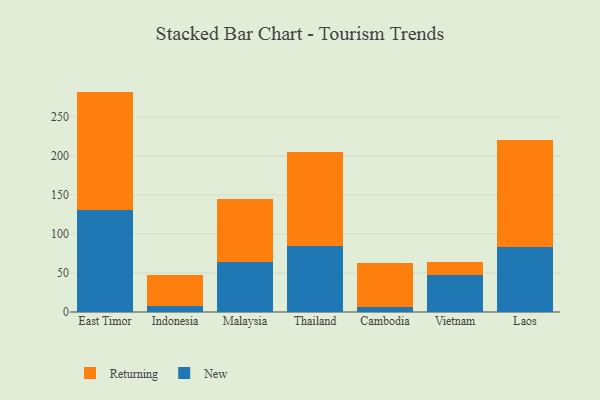
{"axis": {"x": "Country", "y": "Humidity (%)"}, "legend": ["New", "Returning"], "data": [{"x": "East Timor", "y": 130.8, "type": "New"}, {"x": "East Timor", "y": 151.5, "type": "Returning"}, {"x": "Indonesia", "y": 7.1, "type": "New"}, {"x": "Indonesia", "y": 40.0, "type": "Returning"}, {"x": "Malaysia", "y": 64.5, "type": "New"}, {"x": "Malaysia", "y": 79.9, "type": "Returning"}, {"x": "Thailand", "y": 84.7, "type": "New"}, {"x": "Thailand", "y": 120.8, "type": "Returning"}, {"x": "Cambodia", "y": 7.0, "type": "New"}, {"x": "Cambodia", "y": 55.3, "type": "Returning"}, {"x": "Vietnam", "y": 47.6, "type": "New"}, {"x": "Vietnam", "y": 15.9, "type": "Returning"}, {"x": "Laos", "y": 83.1, "type": "New"}, {"x": "Laos", "y": 137.2, "type": "Returning"}]}